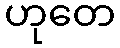
ဟုတေ